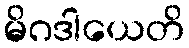
မိဂဒါယေတိ